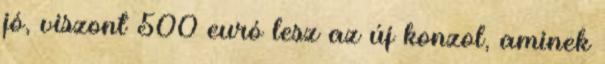
jó, viszont 500 euró lesz az új konzol, aminek